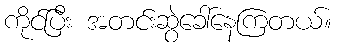
ကိုင်ပြီး အတင်းဆွဲခေါ်နေကြတယ်။